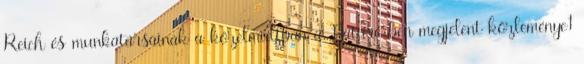
Reich és munkatársainak a közelmúltban a Nature-ben megjelent közleménye1